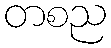
တစည